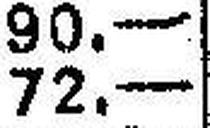
72.—